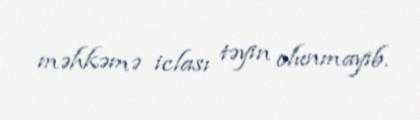
məhkəmə iclası təyin olunmayıb.